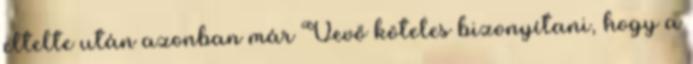
eltelte után azonban már Vevő köteles bizonyítani, hogy a